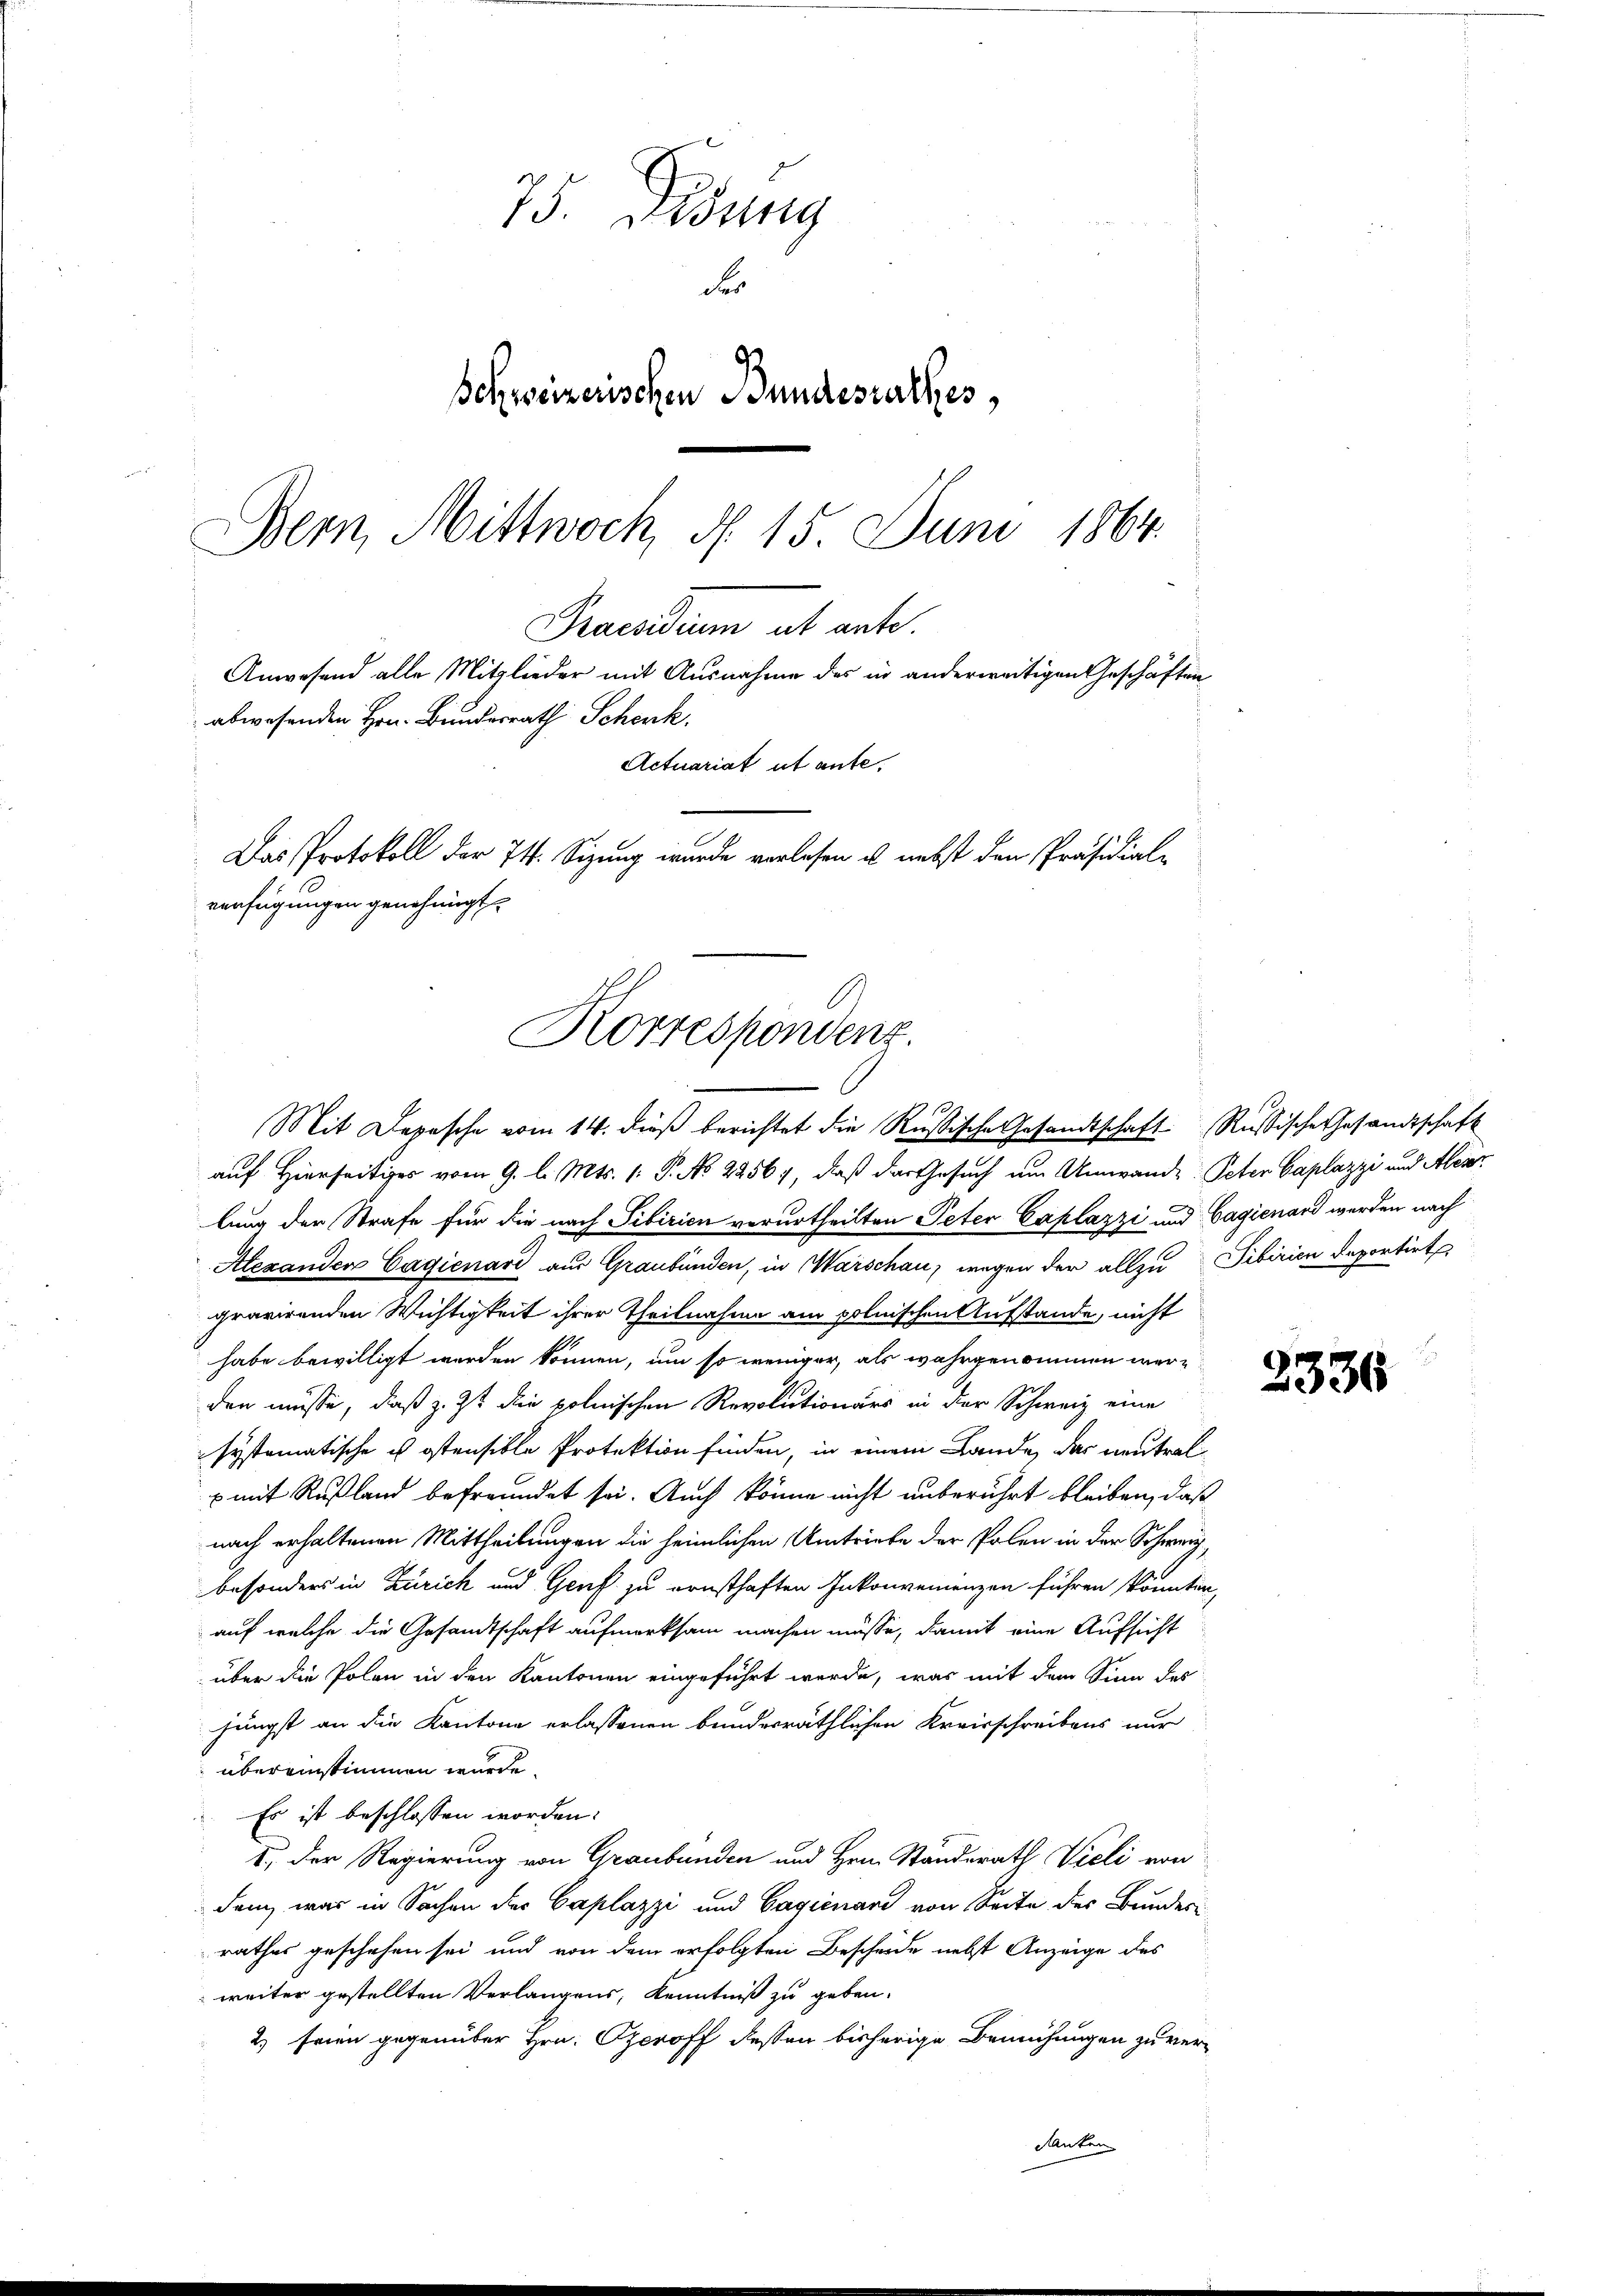
abwesenden Hrn. Bundesrath Schenk.
Actuariat ut ante.
Das Protokoll der 74. Sizung wurde verlesen u. nebst den Präsidialverfügungen genehmigt.
Korrespondenz.

75. Desung
Fer
Schweizerischen Bundesrathes,
Bern, Mittwoch, d. 15. Juni 1864.

Praesiduum ab ante.
Anwesend alle Mitglieder mit Ausnahme des in anderweitigen Geschäften

Mit Depesche vom 14. dieß berichtet die Rußische Gesandtschaft Russische Gesandtschaft
auf Hierseitiges vom 9. l. Mts. 1. P. No 29567, daß das Gesuch um Umwande Peter Caplazzi und Aber
lung der Strafe für die nach Tibirien verurtheilten Peter Caplazzi und Gagienard werden nach
Alexanden Cagienard aus Graubünden, in Warschau, wegen der allzu Tibirien deportirt
gravirenden Wichtigkeit ihrer Theilnahme am polnischen Aufstande, nicht
habe bewilligt werden können, um so weniger, als wahrgenommen werden müsse, daß z. Zt die polnischen Revolutionärs in der Schweiz eine
systematische u ostensible Protektion finden, in einem Lande, das neutralx mit Rußland befreundet sei. Auch könne nicht unberührt bleiben, daß
nach erhaltenen Mittheilungen die heimlichen Umtriebe der Polen in der Schweiz,
besonders in Zürich und Genf zu ernsthaften Inkonvenienzen führen könnten,
auf welche die Gesandtschaft aufmerksam machen müsse, damit eine Aufsicht
über die Polen in den Kantonen eingeführt werde, was mit dem Sinn des
jüngst an die Kantone erlassenen bundesräthlichen Kreisschreibens nur
übereinstimmen wurde.
Es ist beschlossen worden.
1.) Der Regierung von Graubünden und Hrn. Ständerath Vieli von
dem, was in Sachen der Caplazzi und Gagienand von Seite der Bundes
rathes geschehen sei und von dem erfolgten Bescheide nebst Anzeige des
weiter gestellten Verlangens, Kenntniß zu geben.
2) seien gegenüber Hrn. Czeroff dessen bisherige Bemühungen zu veranten

2336